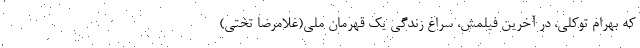
که بهرام توکلی، در آخرین فیلمش، سراغ زندگی یک قهرمان ملی(غلامرضا تختی)